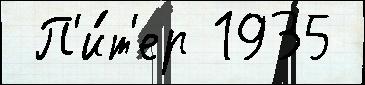
 П'и́т'ер 1935